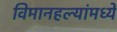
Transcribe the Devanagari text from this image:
विमानहल्यांमध्ये